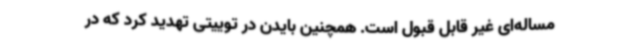
مساله‌ای غیر قابل قبول است. همچنین بایدن در توییتی تهدید کرد که در